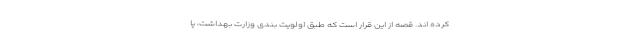
کرده اند. قصه از این قرار است که طبق اولویت بندی وزارت بهداشت، پا